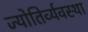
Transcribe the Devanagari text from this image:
ज्योतिर्व्यवस्था